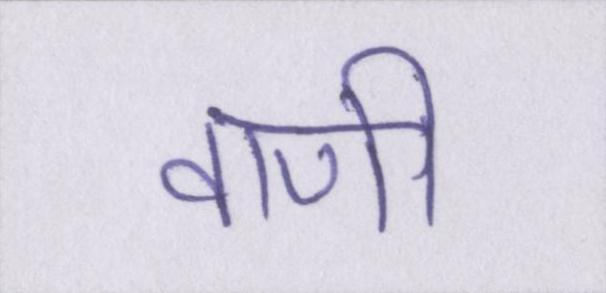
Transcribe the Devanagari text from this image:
वाणी